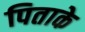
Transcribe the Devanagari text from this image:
पिताके